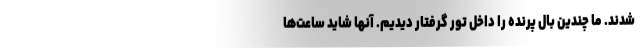
شدند. ما چندين بال پرنده را داخل تور گرفتار ديديم. آنها شايد ساعت‌ها